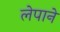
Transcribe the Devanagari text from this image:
लेपाने